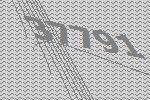
37791